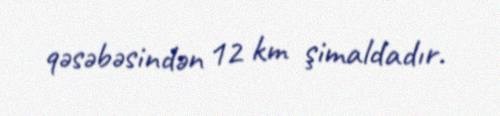
qəsəbəsindən 12 km şimaldadır.